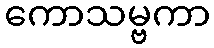
ကောသမ္ဗကာ